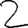
Digit: 2